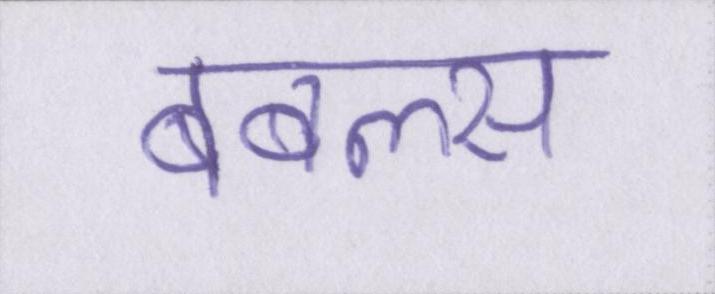
बबल्स